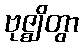
ဗုဇ္ဈိတွာ